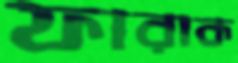
ফারাক